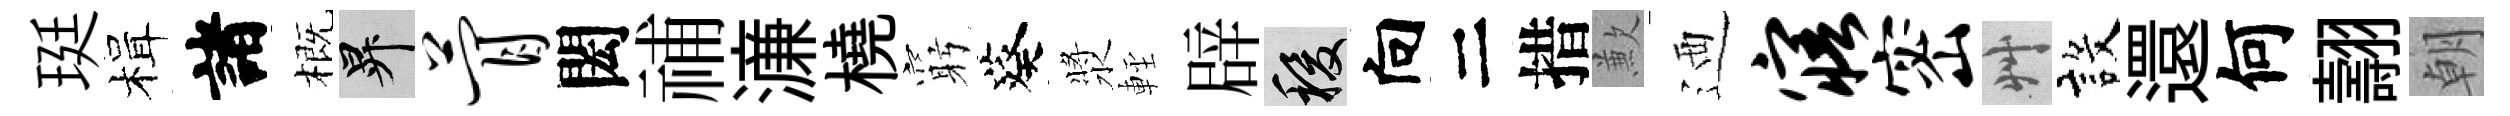
珽楫諸概升瞢閎𥙷濓橈窮葵漿䡖辟稷向二措歉迺寤密艸設還何翿朝